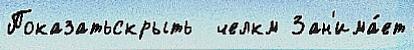
Показатьскрыть  челкм Зан'има́ет